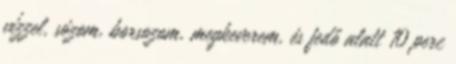
vízzel, sózom, borsozom, megkeverem, és fedő alatt 10 perc